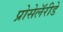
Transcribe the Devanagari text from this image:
प्रोसेलॅरीडे